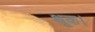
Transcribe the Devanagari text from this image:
थूक।